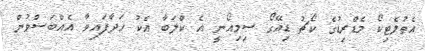
އެތުލެޓިކޯ މެޑްރިޑުގެ ކޯޗު ޑިއޭގޯ ސިމިއޯނީ އެ ކްލަބާ އެކު ހަދާފައިވާ އެއްބަސްވުން